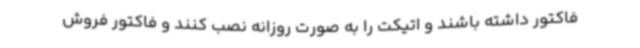
فاکتور داشته باشند و اتیکت را به صورت روزانه نصب کنند و فاکتور فروش